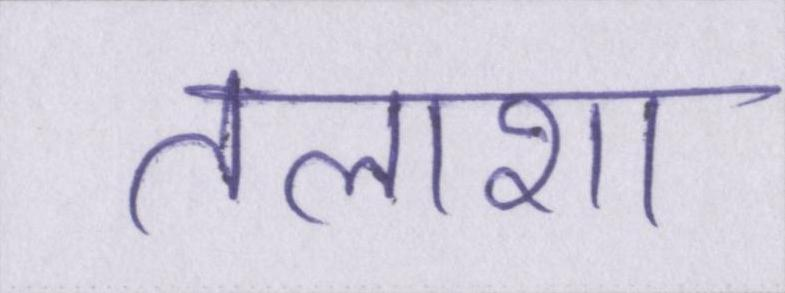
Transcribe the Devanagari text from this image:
तलाशा